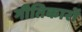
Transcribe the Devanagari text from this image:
गीतिकारों